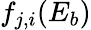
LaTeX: f_{j,i}(E_{b})